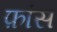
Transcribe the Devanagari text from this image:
फ़ांस